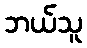
ဘယ်သူ